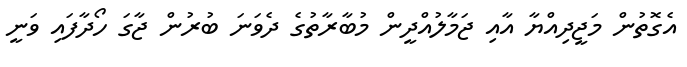
އެގޮތުން މަޖީދިއްޔާ އާއި ޖަމާލުއްދީން މުބާރާތުގެ ދެވަނަ ބުރުން ޖާގަ ހޯދާފައި ވަނީ